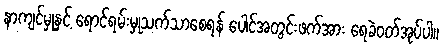
နာကျင်မှုနှင့် ရောင်ရမ်းမှုသက်သာစေရန် ပေါင်အတွင်းဖက်အား ရေခဲဝတ်အုပ်ပါ။